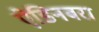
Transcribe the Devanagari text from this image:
ऐडिनबरा